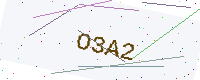
Text: O3A2